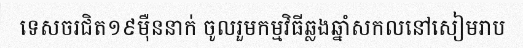
ទេសចរជិត១៩ម៉ឺននាក់ ចូលរួមកម្មវិធីឆ្លងឆ្នាំសកលនៅសៀមរាប